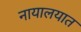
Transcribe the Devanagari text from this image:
नायालयात